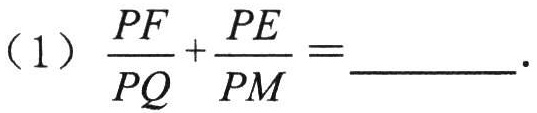
（1）$\frac{PF}{PQ}+\frac{PE}{PM}=$________.